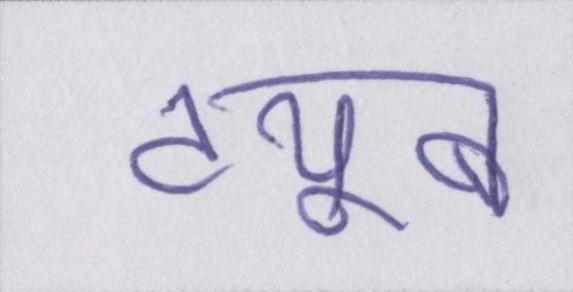
ट्यूब